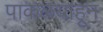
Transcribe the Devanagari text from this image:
पाकळयाहून